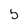
Character: 5